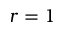
r = 1